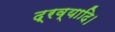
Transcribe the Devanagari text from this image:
द्रव्यादि।